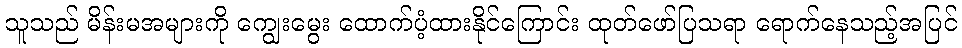
သူသည် မိန်းမအများကို ကျွေးမွေး ထောက်ပံ့ထားနိုင်ကြောင်း ထုတ်ဖော်ပြသရာ ရောက်နေသည့်အပြင်